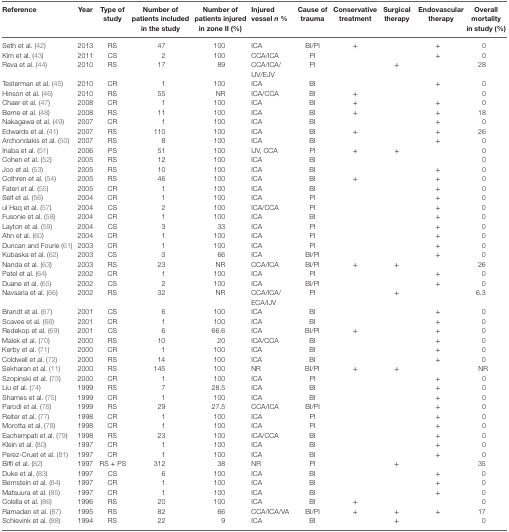
<table><thead><tr><td><b>Reference</b></td><td><b>Year</b></td><td><b>Type of study</b></td><td><b>Number of patients included in the study</b></td><td><b>Number of patients injured in zone II (%)</b></td><td><b>Injured vessel <i>n</i> %</b></td><td><b>Cause of trauma</b></td><td><b>Conservative treatment</b></td><td><b>Surgical therapy</b></td><td><b>Endovascular therapy</b></td><td><b>Overall mortality in study (%)</b></td></tr></thead><tbody><tr><td>Seth et al. (42)</td><td>2013</td><td>RS</td><td>47</td><td>100</td><td>ICA</td><td>BI/PI</td><td>+</td><td></td><td>+</td><td>0</td></tr><tr><td>Kim et al. (43)</td><td>2011</td><td>CS</td><td>2</td><td>100</td><td>CCA/ICA</td><td>PI</td><td></td><td></td><td>+</td><td>0</td></tr><tr><td>Reva et al. (44)</td><td>2010</td><td>RS</td><td>17</td><td>89</td><td>CCA/ICA/IJV/EJV</td><td>PI</td><td></td><td>+</td><td></td><td>28</td></tr><tr><td>Testerman et al. (45)</td><td>2010</td><td>CR</td><td>1</td><td>100</td><td>ICA</td><td>BI</td><td></td><td></td><td>+</td><td>0</td></tr><tr><td>Hinson et al. (46)</td><td>2010</td><td>RS</td><td>55</td><td>NR</td><td>ICA/CCA</td><td>BI</td><td>+</td><td></td><td></td><td>0</td></tr><tr><td>Chaer et al. (47)</td><td>2008</td><td>CR</td><td>1</td><td>100</td><td>ICA</td><td>BI</td><td>+</td><td></td><td>+</td><td>0</td></tr><tr><td>Berne et al. (48)</td><td>2008</td><td>RS</td><td>11</td><td>100</td><td>ICA</td><td>BI</td><td>+</td><td></td><td>+</td><td>18</td></tr><tr><td>Nakagawa et al. (49)</td><td>2007</td><td>CR</td><td>1</td><td>100</td><td>ICA</td><td>BI</td><td></td><td></td><td>+</td><td>0</td></tr><tr><td>Edwards et al. (41)</td><td>2007</td><td>RS</td><td>110</td><td>100</td><td>ICA</td><td>BI</td><td>+</td><td></td><td>+</td><td>26</td></tr><tr><td>Archondakis et al. (50)</td><td>2007</td><td>RS</td><td>8</td><td>100</td><td>ICA</td><td>BI</td><td></td><td></td><td>+</td><td>0</td></tr><tr><td>Inaba et al. (51)</td><td>2006</td><td>PS</td><td>51</td><td>100</td><td>IJV, CCA</td><td>PI</td><td>+</td><td>+</td><td></td><td>0</td></tr><tr><td>Cohen et al. (52)</td><td>2005</td><td>RS</td><td>12</td><td>100</td><td>ICA</td><td>BI</td><td></td><td></td><td></td><td>0</td></tr><tr><td>Joo et al. (53)</td><td>2005</td><td>RS</td><td>10</td><td>100</td><td>ICA</td><td>BI</td><td></td><td></td><td>+</td><td>0</td></tr><tr><td>Cothren et al. (54)</td><td>2005</td><td>RS</td><td>46</td><td>100</td><td>ICA</td><td>BI</td><td>+</td><td></td><td>+</td><td>0</td></tr><tr><td>Fateri et al. (55)</td><td>2005</td><td>CR</td><td>1</td><td>100</td><td>ICA</td><td>BI</td><td></td><td></td><td>+</td><td>0</td></tr><tr><td>Self et al. (56)</td><td>2004</td><td>CR</td><td>1</td><td>100</td><td>ICA</td><td>PI</td><td></td><td></td><td>+</td><td>0</td></tr><tr><td>ul Haq et al. (57)</td><td>2004</td><td>CS</td><td>2</td><td>100</td><td>ICA/CCA</td><td>PI</td><td></td><td></td><td>+</td><td>0</td></tr><tr><td>Fusonie et al. (58)</td><td>2004</td><td>CR</td><td>1</td><td>100</td><td>ICA</td><td>BI</td><td></td><td></td><td>+</td><td>0</td></tr><tr><td>Layton et al. (59)</td><td>2004</td><td>CS</td><td>3</td><td>33</td><td>ICA</td><td>PI</td><td></td><td></td><td>+</td><td>0</td></tr><tr><td>Ahn et al. (60)</td><td>2004</td><td>CR</td><td>1</td><td>100</td><td>ICA</td><td>PI</td><td></td><td></td><td>+</td><td>0</td></tr><tr><td>Duncan and Fourie (61)</td><td>2003</td><td>CR</td><td>1</td><td>100</td><td>ICA</td><td>PI</td><td></td><td></td><td>+</td><td>0</td></tr><tr><td>Kubaska et al. (62)</td><td>2003</td><td>CS</td><td>3</td><td>66</td><td>ICA</td><td>BI/PI</td><td></td><td></td><td>+</td><td>0</td></tr><tr><td>Nanda et al. (63)</td><td>2003</td><td>RS</td><td>23</td><td>NR</td><td>CCA/ICA</td><td>BI/PI</td><td>+</td><td>+</td><td></td><td>26</td></tr><tr><td>Patel et al. (64)</td><td>2002</td><td>CR</td><td>1</td><td>100</td><td>ICA</td><td>PI</td><td></td><td></td><td>+</td><td>0</td></tr><tr><td>Duane et al. (65)</td><td>2002</td><td>CS</td><td>2</td><td>100</td><td>ICA</td><td>BI/PI</td><td></td><td></td><td>+</td><td>0</td></tr><tr><td>Navsaria et al. (66)</td><td>2002</td><td>RS</td><td>32</td><td>NR</td><td>CCA/ICA/ECA/IJV</td><td>PI</td><td></td><td>+</td><td></td><td>6.3</td></tr><tr><td>Brandt et al. (67)</td><td>2001</td><td>CS</td><td>6</td><td>100</td><td>ICA</td><td>BI</td><td></td><td></td><td>+</td><td>0</td></tr><tr><td>Scavee et al. (68)</td><td>2001</td><td>CR</td><td>1</td><td>100</td><td>ICA</td><td>BI</td><td></td><td></td><td>+</td><td>0</td></tr><tr><td>Redekop et al. (69)</td><td>2001</td><td>CS</td><td>6</td><td>66.6</td><td>ICA</td><td>BI/PI</td><td>+</td><td></td><td>+</td><td>0</td></tr><tr><td>Malek et al. (70)</td><td>2000</td><td>RS</td><td>10</td><td>20</td><td>ICA/CCA</td><td>BI</td><td></td><td></td><td>+</td><td>0</td></tr><tr><td>Kerby et al. (71)</td><td>2000</td><td>CR</td><td>1</td><td>100</td><td>ICA</td><td>BI</td><td></td><td></td><td>+</td><td>0</td></tr><tr><td>Coldwell et al. (72)</td><td>2000</td><td>RS</td><td>14</td><td>100</td><td>ICA</td><td>BI</td><td></td><td></td><td>+</td><td>0</td></tr><tr><td>Sekharan et al. (11)</td><td>2000</td><td>RS</td><td>145</td><td>100</td><td>NR</td><td>BI/PI</td><td>+</td><td>+</td><td></td><td>NR</td></tr><tr><td>Szopinski et al. (73)</td><td>2000</td><td>CR</td><td>1</td><td>100</td><td>ICA</td><td>PI</td><td></td><td></td><td>+</td><td>0</td></tr><tr><td>Liu et al. (74)</td><td>1999</td><td>RS</td><td>7</td><td>28.5</td><td>ICA</td><td>BI</td><td></td><td></td><td>+</td><td>0</td></tr><tr><td>Shames et al. (75)</td><td>1999</td><td>CR</td><td>1</td><td>100</td><td>ICA</td><td>BI</td><td></td><td></td><td>+</td><td>0</td></tr><tr><td>Parodi et al. (76)</td><td>1999</td><td>RS</td><td>29</td><td>27.5</td><td>CCA/ICA</td><td>BI/PI</td><td></td><td></td><td>+</td><td>0</td></tr><tr><td>Reiter et al. (77)</td><td>1998</td><td>CR</td><td>1</td><td>100</td><td>ICA</td><td>PI</td><td></td><td></td><td>+</td><td>0</td></tr><tr><td>Morotta et al. (78)</td><td>1998</td><td>CR</td><td>1</td><td>100</td><td>ICA</td><td>PI</td><td></td><td></td><td>+</td><td>0</td></tr><tr><td>Eachempati et al. (79)</td><td>1998</td><td>RS</td><td>23</td><td>100</td><td>ICA/CCA</td><td>BI</td><td></td><td></td><td>+</td><td>0</td></tr><tr><td>Klein et al. (80)</td><td>1997</td><td>CR</td><td>1</td><td>100</td><td>ICA</td><td>BI</td><td></td><td></td><td>+</td><td>0</td></tr><tr><td>Perez-Cruet et al. (81)</td><td>1997</td><td>CR</td><td>1</td><td>100</td><td>ICA</td><td>BI</td><td></td><td></td><td>+</td><td>0</td></tr><tr><td>Biffi et al. (82)</td><td>1997</td><td>RS + PS</td><td>312</td><td>38</td><td>NR</td><td>PI</td><td></td><td>+</td><td></td><td>35</td></tr><tr><td>Duke et al. (83)</td><td>1997</td><td>CS</td><td>6</td><td>100</td><td>ICA</td><td>BI</td><td></td><td></td><td>+</td><td>0</td></tr><tr><td>Bernstein et al. (84)</td><td>1997</td><td>CR</td><td>1</td><td>100</td><td>ICA</td><td>BI</td><td></td><td></td><td>+</td><td>0</td></tr><tr><td>Matsuura et al. (85)</td><td>1997</td><td>CR</td><td>1</td><td>100</td><td>ICA</td><td>BI</td><td></td><td></td><td>+</td><td>0</td></tr><tr><td>Colella et al. (86)</td><td>1996</td><td>RS</td><td>20</td><td>100</td><td>ICA</td><td>BI</td><td>+</td><td></td><td></td><td>0</td></tr><tr><td>Ramadan et al. (87)</td><td>1995</td><td>RS</td><td>82</td><td>66</td><td>CCA/ICA/VA</td><td>BI/PI</td><td>+</td><td>+</td><td>+</td><td>17</td></tr><tr><td>Schievink et al. (88)</td><td>1994</td><td>RS</td><td>22</td><td>9</td><td>ICA</td><td>BI</td><td></td><td>+</td><td></td><td>0</td></tr></tbody></table>